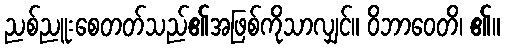
ညစ်ညူးစေတတ်သည်၏အဖြစ်ကိုသာလျှင်။ ဝိဘာဝေတိ၊ ၏။